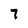
Character: 7